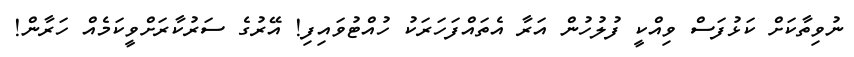
ނުވިތާކަށް ކަޅުފަސް ވިއްކީ ފުލުހުން އަރާ އެތައްފަހަރަކު ހުއްޓުވައިފި! އޭރުގެ ސަރުކާރަށްވީކަމެއް ހަރާން!